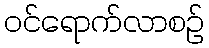
ဝင်ရောက်လာစဉ်